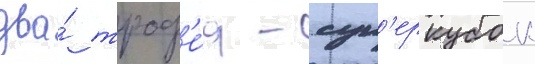
два́ троф'е́я - суп'еркубок